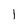
Character: 1